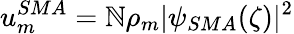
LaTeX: u_{m}^{SMA}=\mathbb{N}\rho_{m}|\psi_{SMA}(\zeta)|^{2}